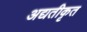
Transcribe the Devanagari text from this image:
अद्यतीकृत